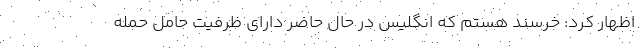
اظهار کرد: خرسند هستم که انگلیس در حال حاضر دارای ظرفیت حامل حمله